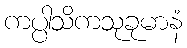
ကပ္ပါသိကသုခုမာနံ